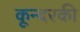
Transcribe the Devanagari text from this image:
कून्दरकी